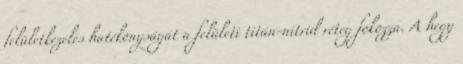
felületkezelés hatékonyságát a felületi titán-nitrid réteg fokozza. A hegy